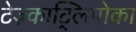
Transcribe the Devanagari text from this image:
टेज़्काट्लिपोका